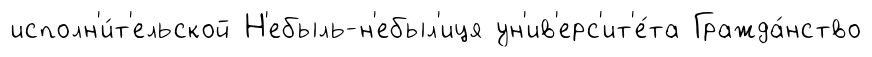
исполн'и́т'ельской Н'ебыль-н'ебыл'иця ун'ив'ерс'ит'е́та Гражда́нство